Lunatic asylums Bombay report 1891-1903 - 1891-1903
Year: 1891
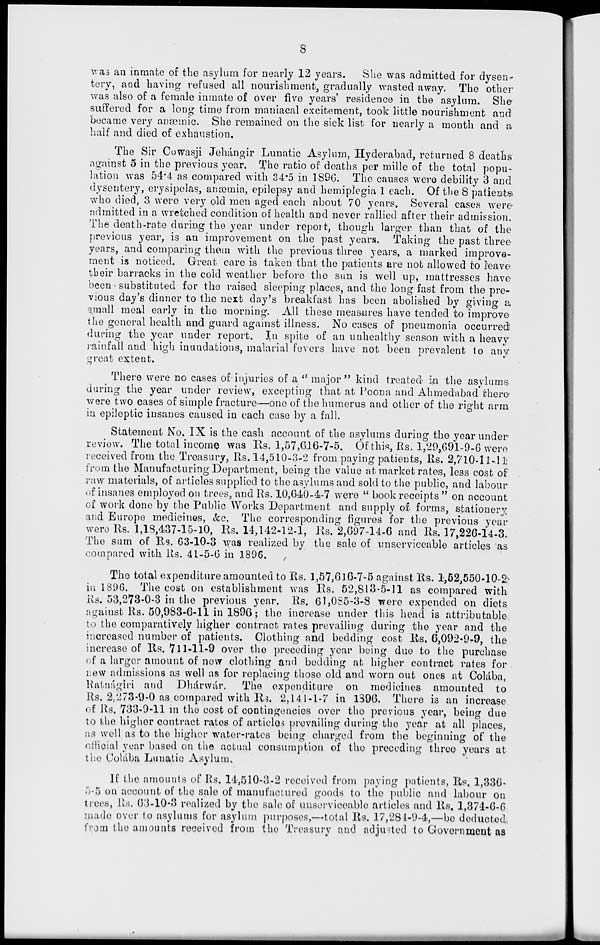
8
was an inmate of the asylum for nearly 12 years.
She was admitted for dysen-
tery, and having refused all nourishment, gradually wasted away. The other
was also of a female inmate of over five years' residence in the asylum. She
suffered for a long time from maniacal excitement, took little nourishment and
became very anæmic. She remained on the sick list for nearly a month and a
half and died of exhaustion.
The Sir Cowasji Jehángir Lunatic Asylum, Hyderabad, returned 8 deaths
against 5 in the previous year. The ratio of deaths per mille of the total popu-
lation was 54.4 as compared with 34.5 in 1896. The causes were debility 3 and
dysentery, erysipelas, anæmia, epilepsy and hemiplegia 1 each. Of the 8 patients
who died, 3 were very old men aged each about 70 years. Several cases were
admitted in a wretched condition of health and never rallied after their admission.
The death-rate during the year under report, though larger than that of the
previous year, is an improvement on the past years. Taking the past three
years, and comparing them with the previous three years, a marked improve-
ment is noticed. Great care is taken that the patients are not allowed to leave
their barracks in the cold weather before the sun is well up, mattresses have
been substituted for the raised sleeping places, and the long fast from the pre-
vious day's dinner to the next day's breakfast has been abolished by giving a
small meal early in the morning. All these measures have tended to improve
the general health and guard against illness. No cases of pneumonia occurred
during the year under report. In spite of an unhealthy season with a heavy
rainfall and high inundations, malarial fevers have not been prevalent to any
great extent.
There were no cases of injuries of a " major " kind treated in the asylums
during the year under review, excepting that at Poona and Ahmedabad there
were two cases of simple fracture—one of the humerus and other of the right arm
in epileptic insanes caused in each case by a fall.
Statement No. IX is the cash account of the asylums during the year under
review. The total income was Rs. 1,57,616-7-5. Of this, Rs. 1,29,691-9-6 were
received from the Treasury, Rs. 14,510-3-2 from paying patients, Rs. 2,710-11-11
from the Manufacturing Department, being the value at market rates, less cost of
raw materials, of articles supplied to the asylums and sold to the public, and labour
of insanes employed on trees, and Rs. 10,640-4-7 were " book receipts " on account
of work done by the Public Works Department and supply of forms, stationery
and Europe medicines, &c. The corresponding figures for the previous year
were Rs. 1,18,437-15-10, Rs. 14,142-12-1, Rs. 2,697-14-6 and Rs. 17,226-14-3.
The sum of Rs. 63-10-3 was realized by the sale of unserviceable articles as
compared with Rs. 41-5-6 in 1896.
The total expenditure amounted to Rs. 1,57,616-7-5 against Rs. 1,52,550-10-2
in 1896. The cost on establishment was Rs. 52,813-5-11 as compared with
Rs. 53,273-0-3 in the previous year. Rs. 61,085-3-8 were expended on diets
against Rs. 50,983-6-11 in 1896; the increase under this head is attributable
to the comparatively higher contract rates prevailing during the year and the
increased number of patients. Clothing and bedding cost Rs. 6,092-9-9, the
increase of Rs. 711-11-9 over the preceding year being due to the purchase
of a larger amount of new clothing and bedding at higher contract rates for
new admissions as well as for replacing those old and worn out ones at Colába,
Ratnágiri and Dhárwár.
The expenditure on medicines amounted to
Rs. 2,273-9-0 as compared with Rs. 2,141-1-7 in 1396. There is an increase
of Rs. 733-9-11 in the cost of contingencies over the previous year, being due
to the higher contract rates of articles prevailing during the year at all places,
as well as to the higher water-rates being charged from the beginning of the
official year based on the actual consumption of the preceding three years at
the Colába Lunatic Asylum.
If the amounts of Rs. 14,510-3-2 received from paying patients, Rs. 1,336-
5-5 on account of the sale of manufactured goods to the public and labour on
trees, Rs. 63-10-3 realized by the sale of unserviceable articles and Rs. 1,374-6-6
made over to asylums for asylum purposes,—total Rs. 17,284-9-4,—be deducted
from the amounts received from the Treasury and adjusted to Government as